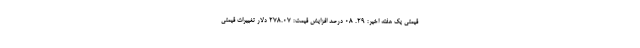
قیمتی یک هفته اخیر: ۲۹. ۰۸ درصد افزایش قیمت: ۲۷۸.۰۷ دلار تغییرات قیمتی